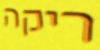
ריקה